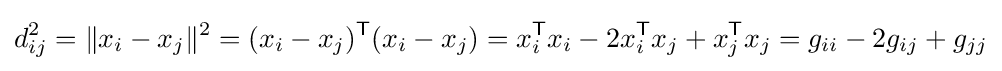
d_{ij}^{2}=\|x_{i}-x_{j}\|^{2}=(x_{i}-x_{j})^{\textsf {T}}(x_{i}-x_{j})=x_{i}^{\textsf {T}}x_{i}-2x_{i}^{\textsf {T}}x_{j}+x_{j}^{\textsf {T}}x_{j}=g_{ii}-2g_{ij}+g_{jj}